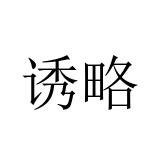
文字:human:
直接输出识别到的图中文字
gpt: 诱略